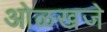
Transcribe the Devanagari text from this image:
ओळखजे